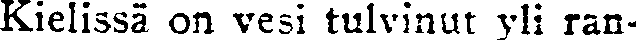
Kielissä on vesi tulvinut yli ran-